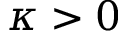
\kappa > 0